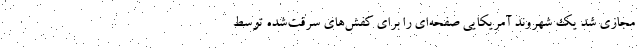
مجازی شد یک شهروند آمریکایی صفحه‌ای را برای کفش‌های سرقت‌شده توسط